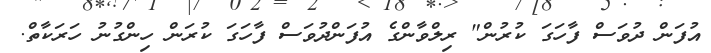
އުފަން ދުވަސް ފާހަގަ ކުރުން" ރިލްވާންގެ އުފަންދުވަސް ފާހަގަ ކުރަން ހިންގުނު ހަރަކާތް.